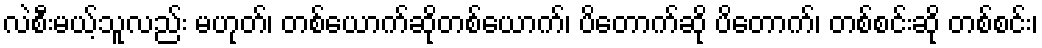
လဲစီးမယ့်သူလည်း မဟုတ်၊ တစ်ယောက်ဆိုတစ်ယောက်၊ ပိတောက်ဆို ပိတောက်၊ တစ်စင်းဆို တစ်စင်း၊